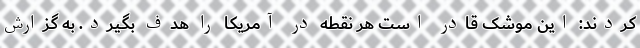
کردند: این موشک قادر است هر نقطه در آمریکا را هدف بگیرد. به گزارش